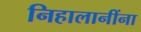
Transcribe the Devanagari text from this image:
निहालानींना